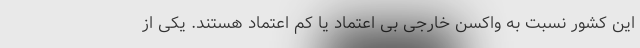
این کشور نسبت به واکسن خارجی بی اعتماد یا کم اعتماد هستند. یکی از